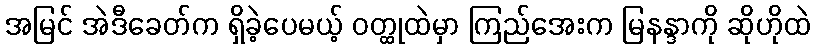
အမြင် အဲဒီခေတ်က ရှိခဲ့ပေမယ့် ဝတ္ထုထဲမှာ ကြည်အေးက မြနန္ဒာကို ဆိုဟိုထဲ